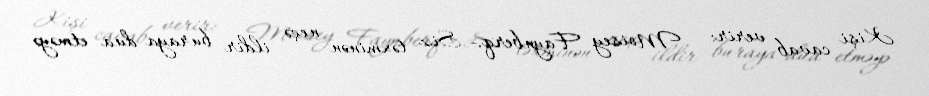
Kişi cavab verir: - Moisey Faynberq.- Siz təxminən neçə ildir buraya dua etməyə